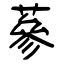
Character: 蔘